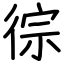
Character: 徖